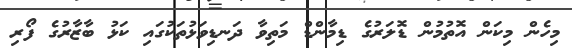
މިހެން މިކަން އޮތުމުން ޑޮލަރުގެ ޑިމާންޑް މަތިވާ ދަނޑިވަޅުތަކުގައި ކަޅު ބާޒާރުގެ ފޯރި